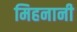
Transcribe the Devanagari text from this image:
मिहनानी